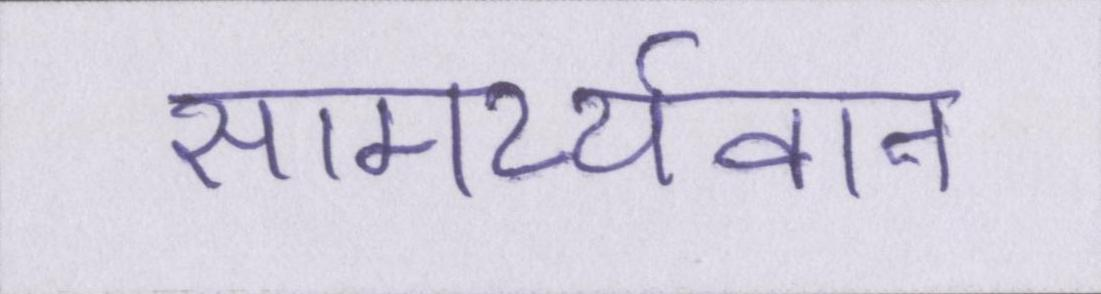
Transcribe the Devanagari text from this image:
सामर्थ्यवान